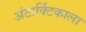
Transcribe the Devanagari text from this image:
अंटार्क्टिकाला